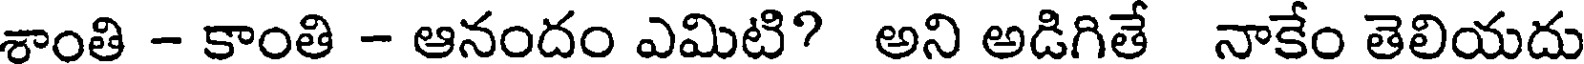
శాంతి - కాంతి - ఆనందం ఎమిటి? అని అడిగితే నాకేం తెలియదు